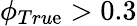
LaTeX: \phi_{Tru\mathrm{e}}>0.3